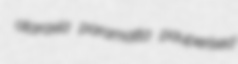
ataraxia paramatta pauperised